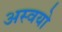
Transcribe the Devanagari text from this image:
अस्वयो